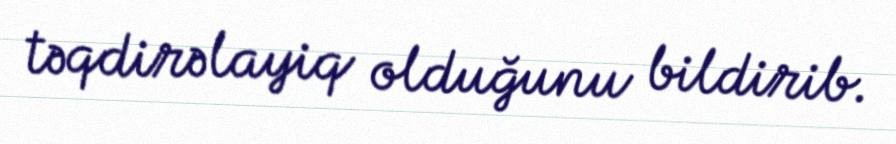
təqdirəlayiq olduğunu bildirib.